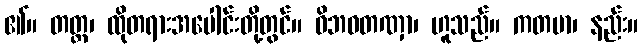
၏။ တတ္ထ၊ ထိုတရားအပေါင်းတို့တွင်။ ဝိဘဝတဏှာ၊ ဟူသည်။ ကတမာ၊ နည်း။